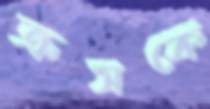
ক্রসকে